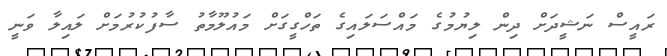
ރައީސް ނަޝީދަށް ދިން ލިޔުމުގެ މައްސަލައިގެ ތަހްގީގަށް މައުލޫމާތު ސާފުކުރުމަށް ލައިލާ ވަނީ